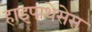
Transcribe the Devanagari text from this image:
हाइपाथेसेस